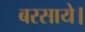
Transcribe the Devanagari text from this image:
बरसाये।